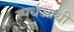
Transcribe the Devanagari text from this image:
स्पर्धआधी